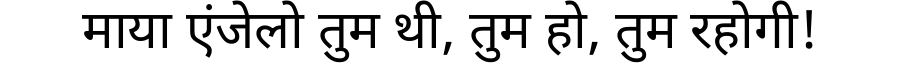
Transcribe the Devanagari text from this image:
माया एंजेलो तुम थी, तुम हो, तुम रहोगी!